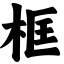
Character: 框